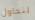
لنحاول